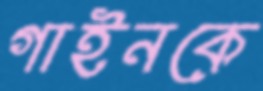
গাইনকে